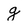
Character: g